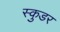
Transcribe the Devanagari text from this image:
स्कुडर